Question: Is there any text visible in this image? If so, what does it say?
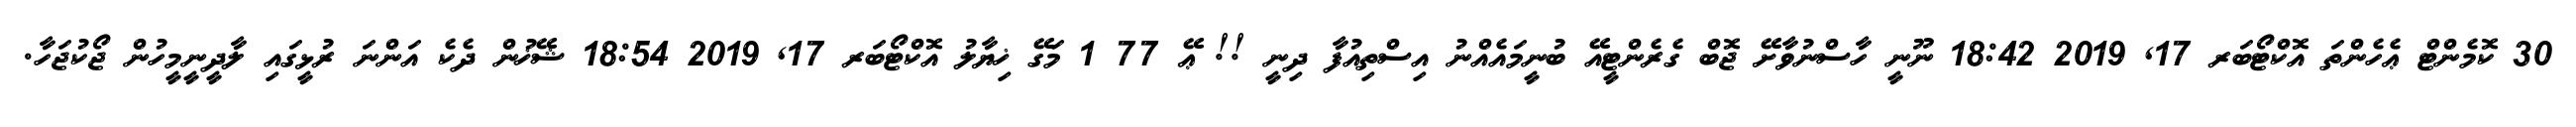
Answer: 30 ކޮމެންޓް ޢެހެންތަ އޮކްޓޯބަރ 17, 2019 18:42 ނޫނީ ހާސްނުވާށޭ ޖޮބް ގެރެންޓީއޭ ބުނީމައެއްނު އިސްތިއުފާ ދިނީ !! ޢޭ 77 1 މަގޭ ޚިޔާލު އޮކްޓޯބަރ 17, 2019 18:54 ޝޭޚުން ދެކެ އަންނަ ރުޅީގައި ލާދީނީމީހުން ޖޯކުޖަހާ.